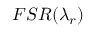
F S R ( \lambda _ { r } )